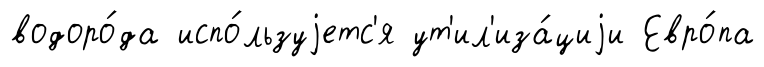
водоро́да испо́льзуjетс'я ут'ил'иза́циjи Евро́па